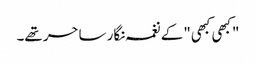
"کبھی کبھی" کے نغمہ نگار ساحر تھے۔